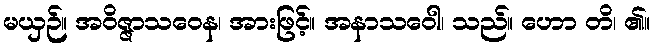
မယှဉ်။ အဝိဇ္ဇာသဝေန၊ အားဖြင့်။ အနာသဝေါ၊ သည်။ ဟော တိ၊ ၏။